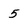
Character: 5